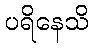
ပရိနေသိ